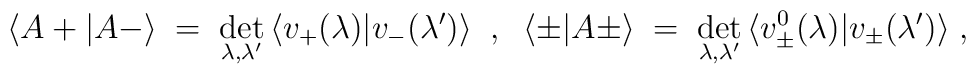
\langle A + | A - \rangle \;=\; \det_{\lambda ,\lambda^{\prime}} \, \langle v_+ (\lambda) | v_- (\lambda^{\prime}) \rangle\;\;,\;\; \langle \pm | A \pm \rangle \;=\; \det_{\lambda ,\lambda^{\prime}} \, \langle v^0_\pm (\lambda) | v_\pm (\lambda^{\prime})\rangle\;,